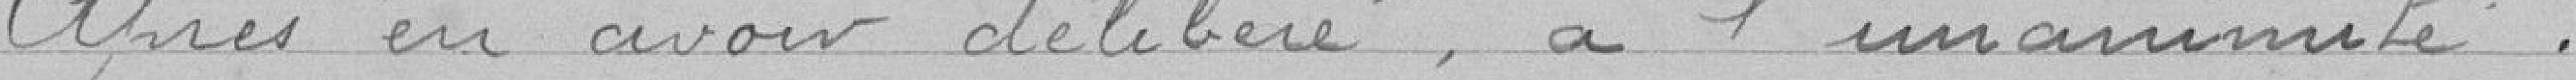
Après en avoir délibéré, à l'unanimité: